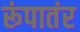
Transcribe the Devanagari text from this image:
रूंपातंर